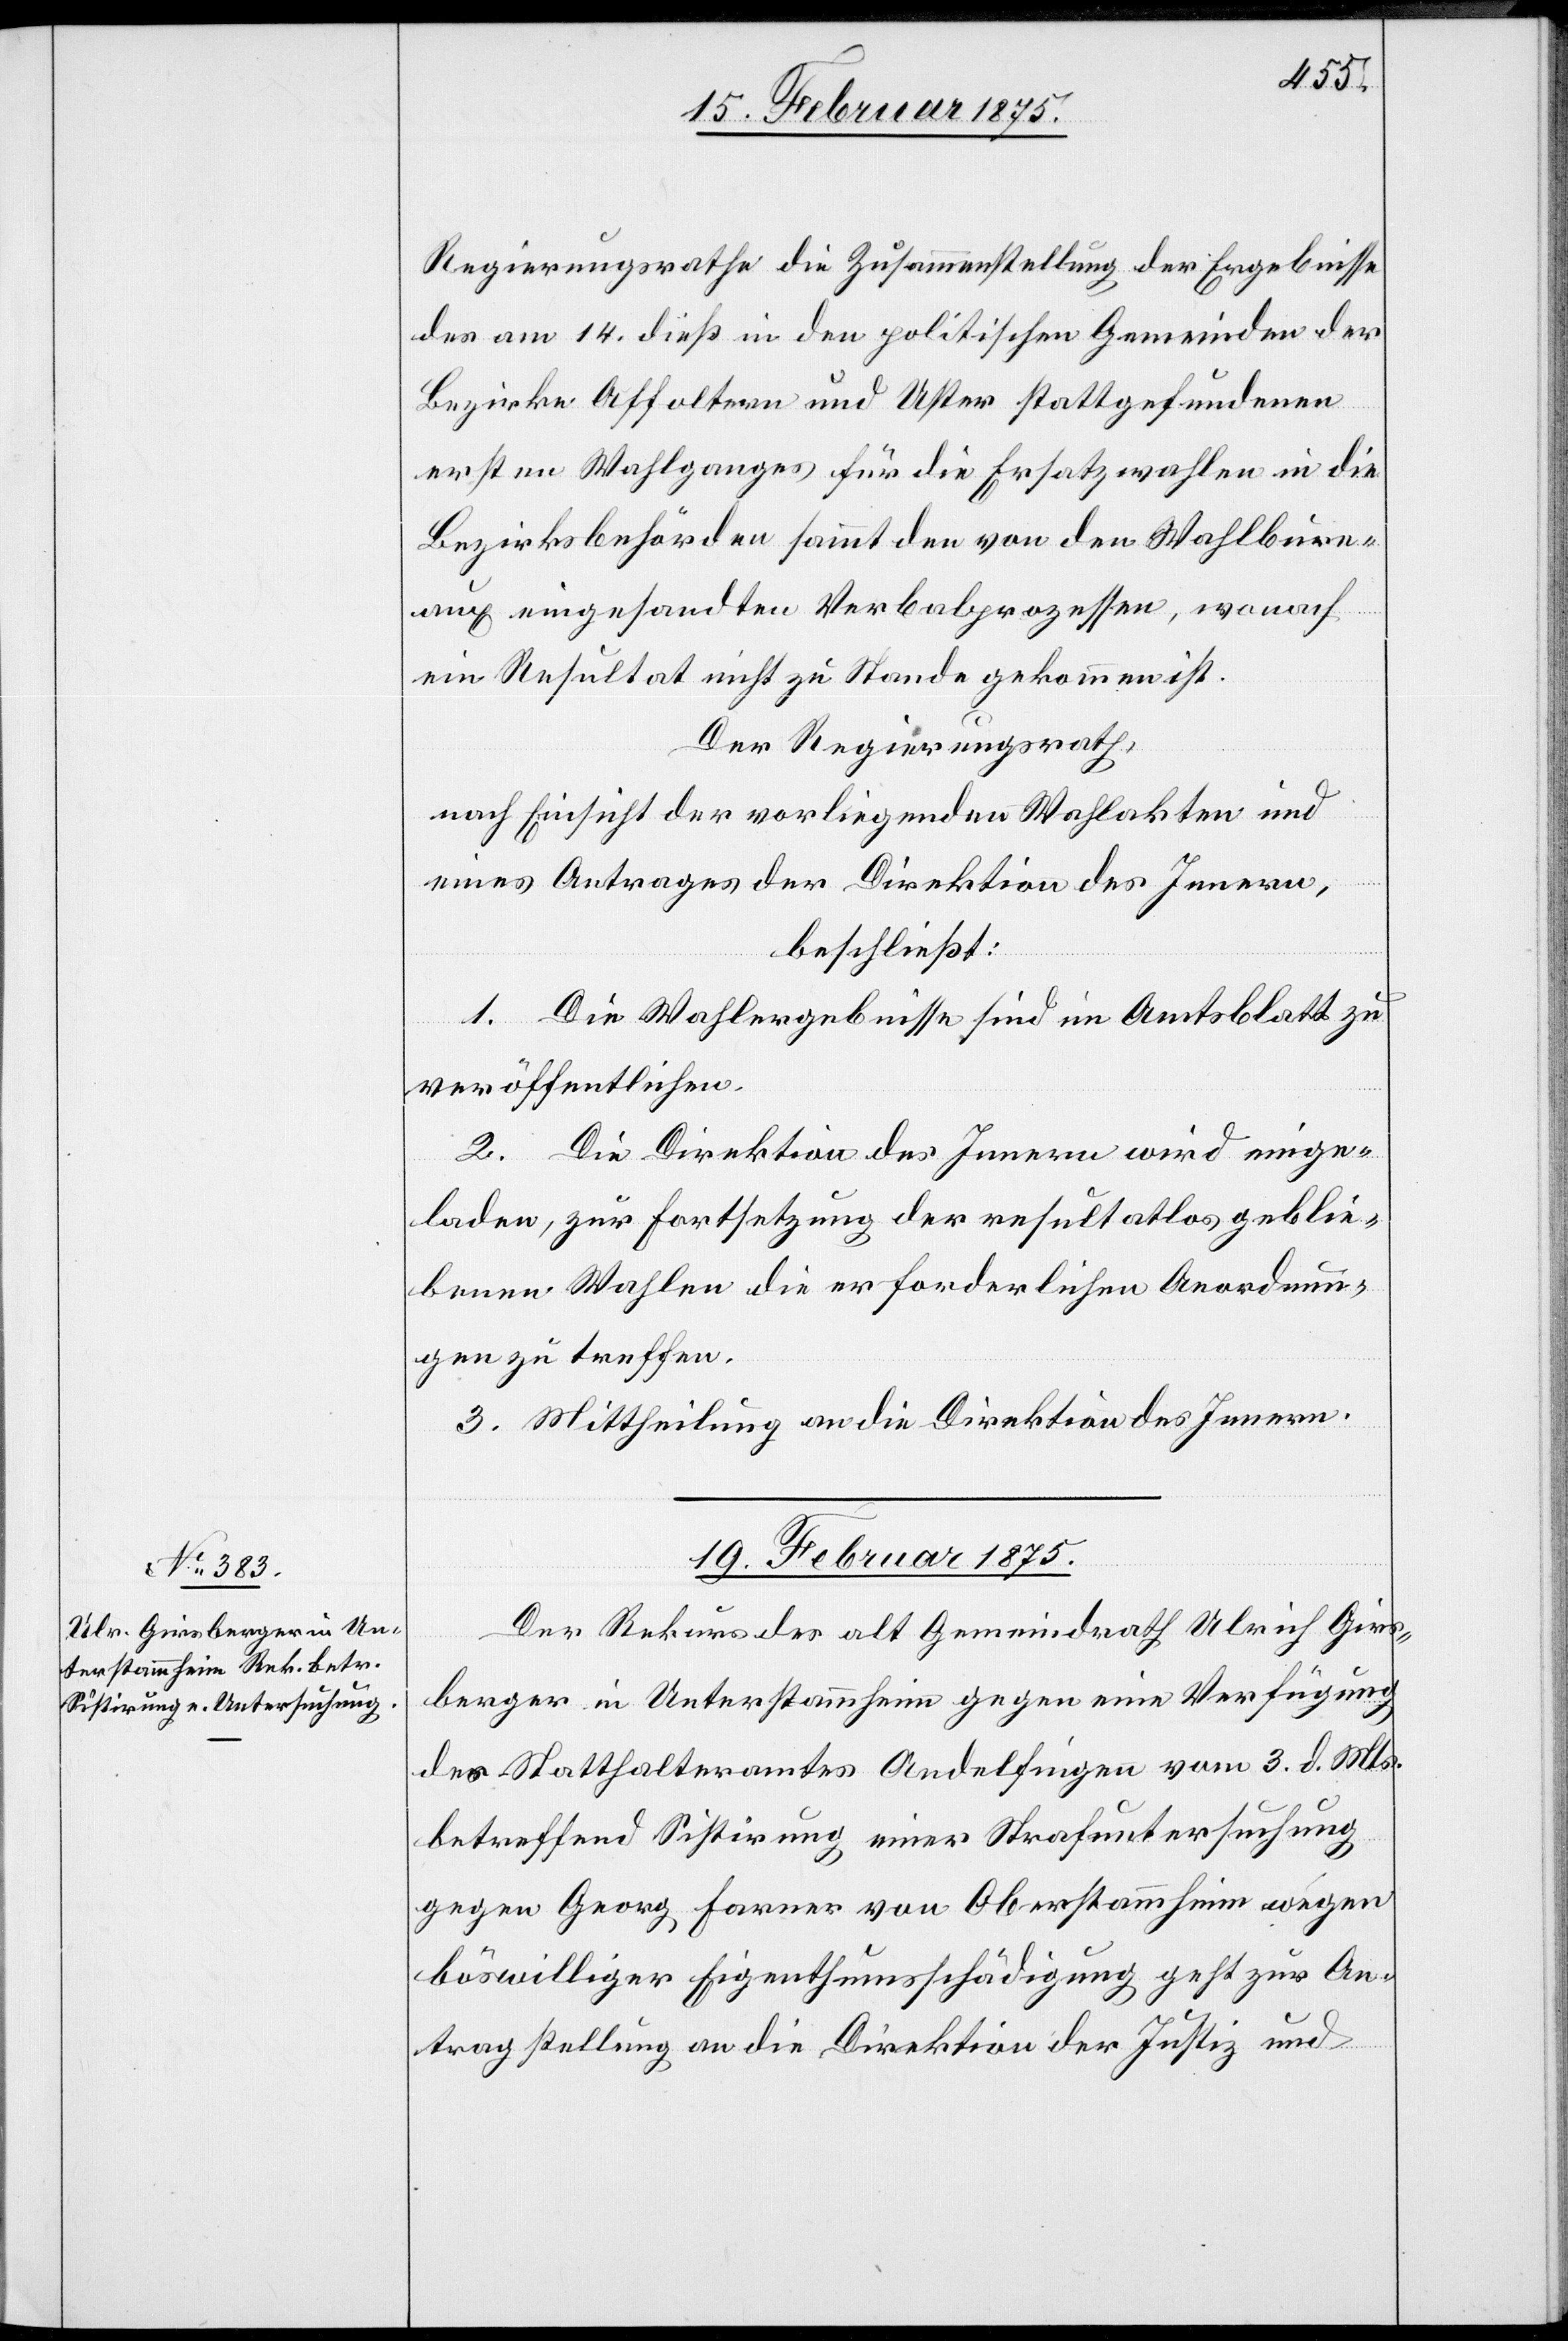
Regierungsrathe die Zusammenstellung der Ergebnisse
des am 14. dieß in den politischen Gemeinden der
Bezirke Affoltern und Uster stattgefundenen
ersten Wahlganges für die Ersatzwahlen in die
Bezirksbehörden sammt den von den Wahlbure¬
aux eingesandten Verbalprozessen, wonach
ein Resultat nicht zu Stande gekommen ist.
Der Regierungsrath,
nach Einsicht der vorliegenden Wahlakten und
eines Antrages der Direktion des Innern,
beschließt:
1. Die Wahlergebnisse sind im Amtsblatt zu
veröffentlichen.
2. Die Direktion des Innern wird einge¬
laden, zur Fortsetzung der resultatlos geblie¬
benen Wahlen die erforderlichen Anordnun¬
gen zu treffen.
3. Mittheilung an die Direktion des Innern.
19. Februar 1875.
Der Rekurs des alt Gemeindrath Ulrich Gries¬
berger in Unterstammheim gegen eine Verfügung
des Statthalteramtes Andelfingen vom 3. d. Mts.
betreffend Sistirung einer Strafuntersuchung
gegen Georg Farner von Oberstammheim wegen
böswilliger Eigenthumsschädigung geht zur An¬
tragstellung an die Direktion der Justiz und